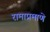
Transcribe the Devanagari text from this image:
रामाप्रमाणे